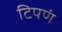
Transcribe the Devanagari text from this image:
टिपणं